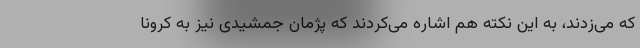
که می‌زدند، به این نکته هم اشاره می‌کردند که پژمان جمشیدی نیز به کرونا